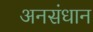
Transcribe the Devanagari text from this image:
अनसंधान